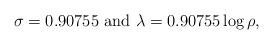
LaTeX: \begin{align*} \sigma=0.90755 \ \textrm{and} \ \lambda=0.90755\log{\rho},\end{align*}